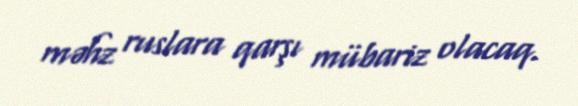
məhz ruslara qarşı mübariz olacaq.